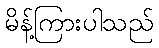
မိန့်ကြားပါသည်